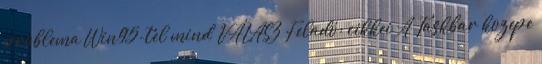
problema Win95-tel mind VÁLASZ Feladó: cikkei A Taskbar kozepe